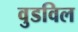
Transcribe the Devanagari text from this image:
वुडविल